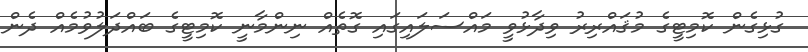
ގުޅިގެން ކޮމިޓީގެ މުޤައްރިރު ވިދާޅުވީ މައްސަލައިގައި ގޮތެއް ނިންމާނީ ކޮމިޓީގެ ބައްދަލުވުމެއް ދެން